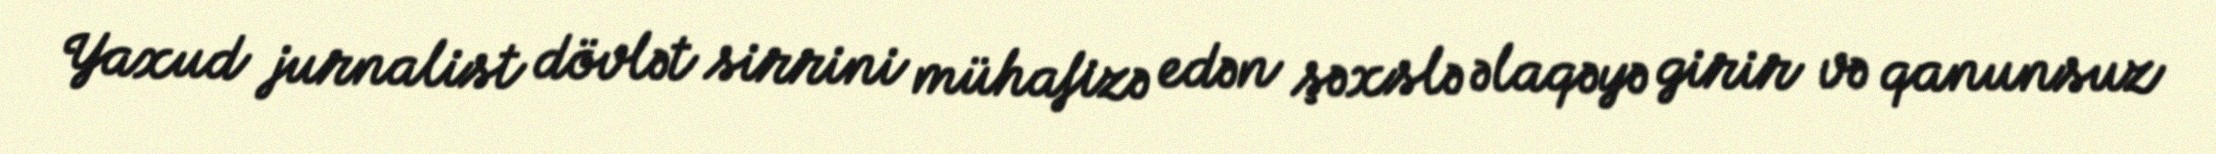
Yaxud jurnalist dövlət sirrini mühafizə edən şəxslə əlaqəyə girir və qanunsuz